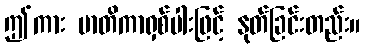
ဤကား မာတိကာရှစ်ပါးဖြင့် နုတ်ခြင်းတည်း။